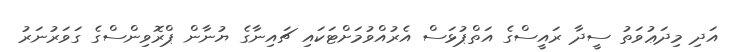
އަދި މިދަޢުވަތު ސީދާ ރައީސްގެ އަތްޕުޅަސް އެރުއްވުމަށްޓަކައި ޗައިނާގެ ޔުނާން ޕްރޮވިންސްގެ ގަވަރުނަރު